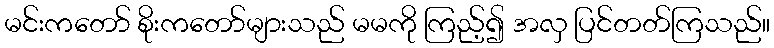
မင်းကတော် စိုးကတော်များသည် မမကို ကြည့်၍ အလှ ပြင်တတ်ကြသည်။